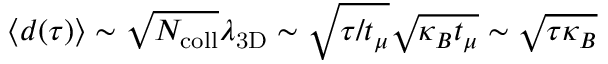
\langle d ( \tau ) \rangle \sim \sqrt { N _ { \mathrm { c o l l } } } \lambda _ { \mathrm { 3 D } } \sim \sqrt { \tau / t _ { \mu } } \sqrt { \kappa _ { B } t _ { \mu } } \sim \sqrt { \tau \kappa _ { B } }